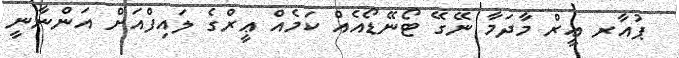
ޕުއާރ ޢީރް މާދަމާ ނޭގޭ ޓޯނޭޑޯއެއް ކަމެއް ޢީރްގެ ލައިފްއަށް އަންނާނީ